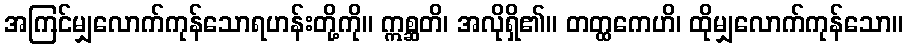
အကြင်မျှလောက်ကုန်သောရဟန်းတို့ကို။ ဣစ္ဆတိ၊ အလိုရှိ၏။ တတ္ထကေဟိ၊ ထိုမျှလောက်ကုန်သော။